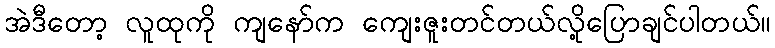
အဲဒီတော့ လူထုကို ကျနော်က ကျေးဇူးတင်တယ်လို့ပြောချင်ပါတယ်။